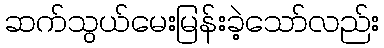
ဆက်သွယ်မေးမြန်းခဲ့သော်လည်း